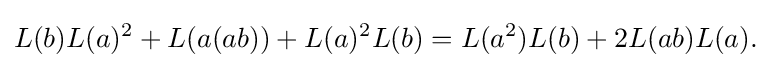
\displaystyle {L(b)L(a)^{2}+L(a(ab))+L(a)^{2}L(b)=L(a^{2})L(b)+2L(ab)L(a).}